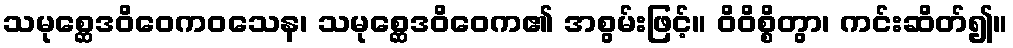
သမုစ္ဆေဒဝိဝေကဝသေန၊ သမုစ္ဆေဒဝိဝေက၏ အစွမ်းဖြင့်။ ဝိဝိစ္စိတွာ၊ ကင်းဆိတ်၍။